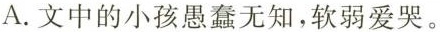
A.文中的小孩愚蠢无知，软弱爱哭。